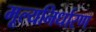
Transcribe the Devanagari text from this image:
मूल्यनिर्धारण